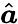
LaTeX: \hat{\boldsymbol a}